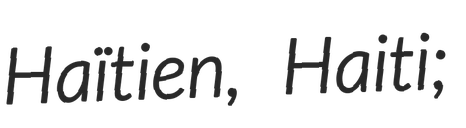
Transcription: Haïtien, Haiti;